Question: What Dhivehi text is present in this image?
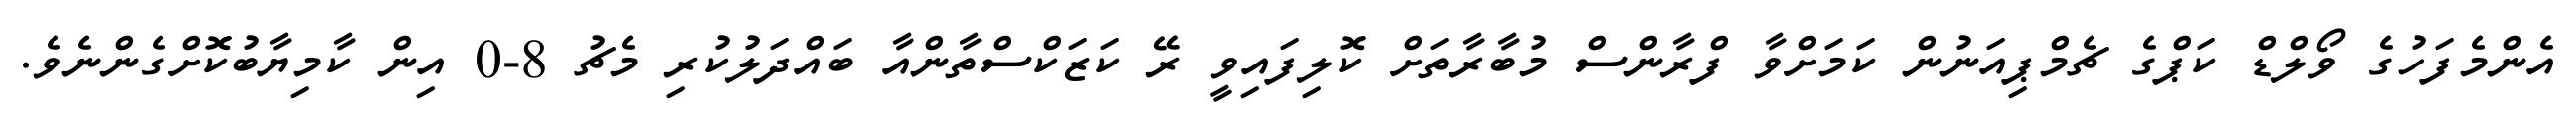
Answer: އެންމެފަހުގެ ވޯލްޑް ކަޕްގެ ޗެމްޕިއަނުން ކަމަށްވާ ފްރާންސް މުބާރާތަށް ކޮލިފައިވީ ރޭ ކަޒަކްސްތާންއާ ބައްދަލުކުރި މެޗު 8-0 އިން ކާމިޔާބުކޮށްގެންނެވެ.